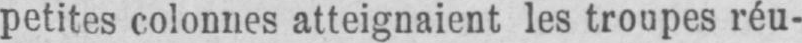
petites colonnes atteignaient les troupes réu-